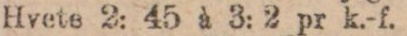
Hvete 2: 45 à 3: 2 pr k.-f.